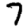
Digit: 7